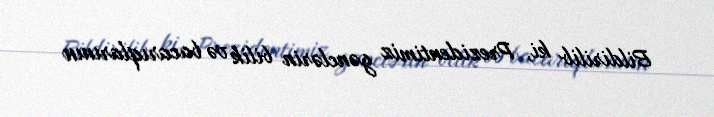
Bildirilib ki, Prezidentimiz gənclərin bilik və bacarıqlarının